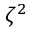
\zeta ^ { 2 }